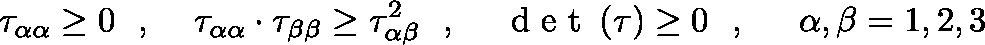
\tau _ { \alpha \alpha } \geq 0 \ \mathrm { ~ , ~ } \quad \tau _ { \alpha \alpha } \cdot \tau _ { \beta \beta } \geq \tau _ { \alpha \beta } ^ { 2 } \ \mathrm { ~ , ~ } \quad \mathrm { ~ d ~ e ~ t ~ } \left( \mathbf { \tau } \right) \geq 0 \ \mathrm { ~ , ~ } \ \quad \alpha , \beta = { 1 , 2 , 3 }